Source: Handwritten
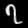
Digit: ၇ (7)